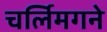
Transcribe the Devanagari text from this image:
चर्लिमगने